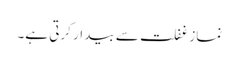
نماز غفلت سے بیدار کرتی ہے۔